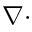
\nabla \cdot